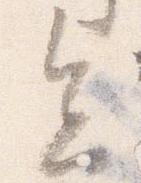
会